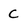
Character: C